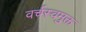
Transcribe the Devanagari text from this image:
वर्चस्वमुक्त